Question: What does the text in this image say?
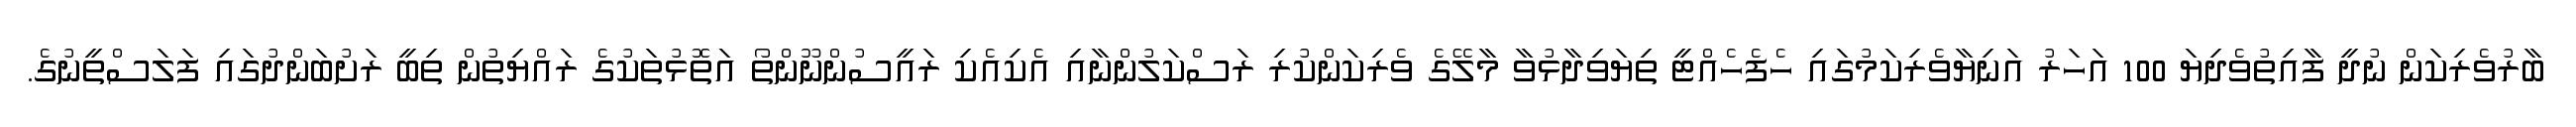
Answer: ބާރުވެރިކަން ނުދީ ފާއިތުވެދިޔަ 100 އަހަރު އަނިޔާވެރިކަމުގައި ހެފެހެއްޓީ ތިޔަވިދާޅުވާ މާލޭގެ ވެރިކަންކުރި ރަސްކަލުންނާއި އެކިއެކި ރައީސުންނޫންތޯ އަތޮޅުތަކުގެ ރައްޔިތުން ތިބީ ރަށުބަންދުގައި ފަލަސްތީނުގެ.